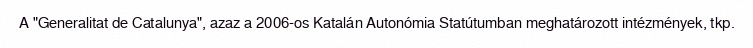
A "Generalitat de Catalunya", azaz a 2006-os Katalán Autonómia Statútumban meghatározott intézmények, tkp.